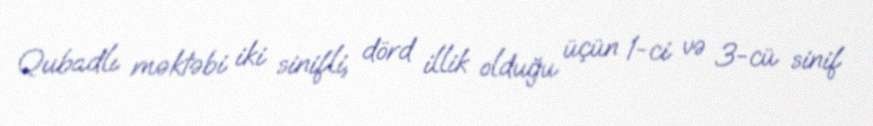
Qubadlı məktəbi iki sinifli, dörd illik olduğu üçün 1-ci və 3-cü sinif